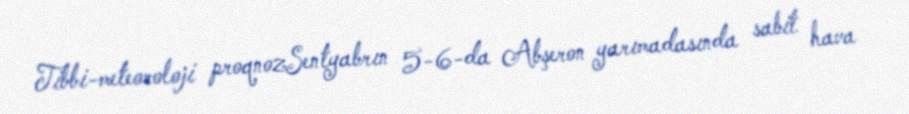
Tibbi-meteoroloji proqnozSentyabrın 5-6-da Abşeron yarımadasında sabit hava